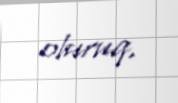
oluruq.